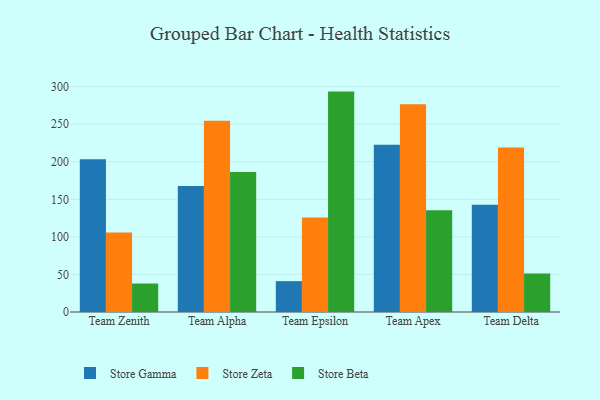
{"axis": {"x": "Team", "y": "Humidity (%)"}, "legend": ["Store Beta", "Store Gamma", "Store Zeta"], "data": [{"x": "Team Zenith", "y": 203.5, "type": "Store Gamma"}, {"x": "Team Zenith", "y": 105.8, "type": "Store Zeta"}, {"x": "Team Zenith", "y": 37.9, "type": "Store Beta"}, {"x": "Team Alpha", "y": 167.7, "type": "Store Gamma"}, {"x": "Team Alpha", "y": 254.6, "type": "Store Zeta"}, {"x": "Team Alpha", "y": 186.3, "type": "Store Beta"}, {"x": "Team Epsilon", "y": 41.1, "type": "Store Gamma"}, {"x": "Team Epsilon", "y": 125.8, "type": "Store Zeta"}, {"x": "Team Epsilon", "y": 293.4, "type": "Store Beta"}, {"x": "Team Apex", "y": 222.8, "type": "Store Gamma"}, {"x": "Team Apex", "y": 276.5, "type": "Store Zeta"}, {"x": "Team Apex", "y": 135.4, "type": "Store Beta"}, {"x": "Team Delta", "y": 142.8, "type": "Store Gamma"}, {"x": "Team Delta", "y": 218.9, "type": "Store Zeta"}, {"x": "Team Delta", "y": 51.3, "type": "Store Beta"}]}